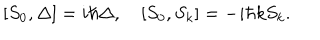
[ S _ { 0 } , \Delta ] = i \hbar \Delta , \quad [ S _ { 0 } , S _ { k } ] = - i \hbar k S _ { k } .